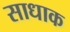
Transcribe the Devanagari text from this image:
साधाक